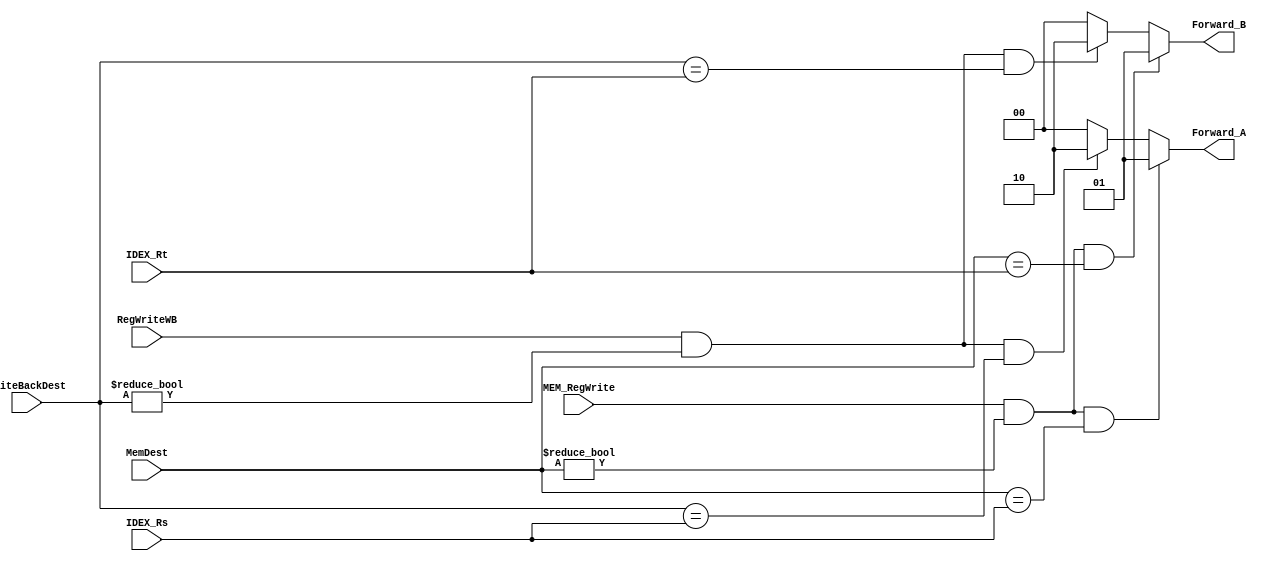
`timescale 1ns / 1ps
//////////////////////////////////////////////////////////////////////////////////
// Company: 
// Engineer: 
// 
// Design Name: 
// Module Name: forwarding_unit
// Project Name: 
// Target Devices: 
// Tool Versions: 
// Description: 
// 
// Dependencies: 
// 
// Revision:
// Revision 0.01 - File Created
// Additional Comments:
// 
//////////////////////////////////////////////////////////////////////////////////


module forwarding_unit(IDEX_Rs,IDEX_Rt,MemDest,MEM_RegWrite,WriteBackDest,RegWriteWB,Forward_A,Forward_B);
input [4:0] IDEX_Rs,IDEX_Rt,MemDest,WriteBackDest;
input MEM_RegWrite,RegWriteWB;
output reg [1:0] Forward_A,Forward_B;

always@(*)
begin
    Forward_A = 2'b00;
    Forward_B = 2'b00;
//    if ( (RegWriteWB) && (WriteBackDest!=0) && (WriteBackDest == IDEX_Rs))
//        Forward_A = 2'b10;
//    if ( (RegWriteWB) && (WriteBackDest!=0) && (WriteBackDest == IDEX_Rt))
//        Forward_B = 2'b10;    
    if ( (MEM_RegWrite) && (MemDest!=0) && (MemDest == IDEX_Rs))
        Forward_A = 2'b01;
    else 
    begin
        if ( (RegWriteWB) && (WriteBackDest!=0) && (WriteBackDest == IDEX_Rs))
        Forward_A = 2'b10;
    end
    
    
    if ( (MEM_RegWrite) && (MemDest!=0) && (MemDest == IDEX_Rt))
        Forward_B = 2'b01;
    else
    begin
        if ((RegWriteWB) && (WriteBackDest!=0) && (WriteBackDest == IDEX_Rt))
        Forward_B = 2'b10;
    end
    
//    if ( ((MEM_RegWrite) && (MemDest!=0) && (MemDest == IDEX_Rs))==0 && (RegWriteWB) && (WriteBackDest!=0) && (WriteBackDest == IDEX_Rs))
//        Forward_A = 2'b10;
//    if ( ((MEM_RegWrite) && (MemDest!=0) && (MemDest == IDEX_Rs))==0 && (RegWriteWB) && (WriteBackDest!=0) && (WriteBackDest == IDEX_Rt))
//        Forward_B = 2'b10;    

end



endmodule